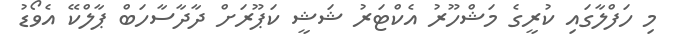
މި ހަފްލާގައި ކުރީގެ މަޝްހޫރު އެކްޓަރު ޝަޝީ ކަޕޫރަށް ދާދާސާހަބް ޕާލްކޭ އެވޯޑު